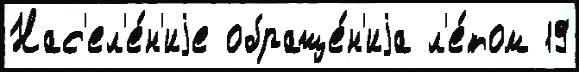
Нас'ел'е́н'иjе обраще́н'иjа л'е́том 19